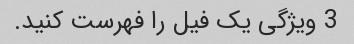
3 ویژگی یک فیل را فهرست کنید.